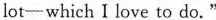
lot-which I love to do."